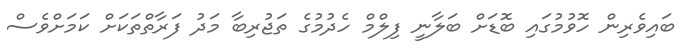
ބަައިވެރިން ހޮވުމުގައި ބޮޑަށް ބަލާނީ ފިލްމް ހެދުމުގެ ތަޖުރިބާ މަދު ފަރާތްތަކަށް ކަމަށްވެސް